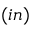
( i n )